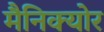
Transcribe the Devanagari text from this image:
मैनिक्योर